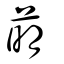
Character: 萌